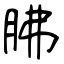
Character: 胇